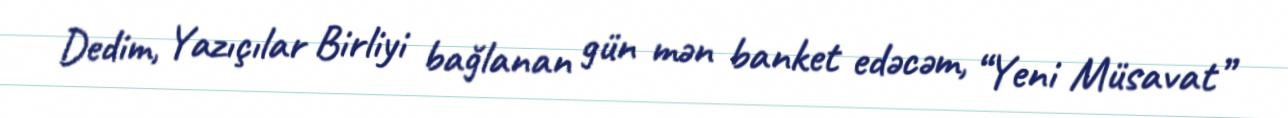
Dedim, Yazıçılar Birliyi bağlanan gün mən banket edəcəm, “Yeni Müsavat”